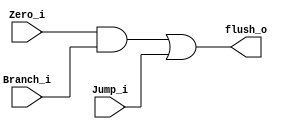
module Flush(
    Jump_i,
    Branch_i,
    Zero_i,
    flush_o
);

input				Jump_i, Branch_i, Zero_i;
output				flush_o;

assign flush_o = (Zero_i & Branch_i) | Jump_i;

endmodule


// Check 
// Note : (Zero_i & Branch_i) Do at here is not quite good